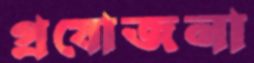
প্রযোজনা